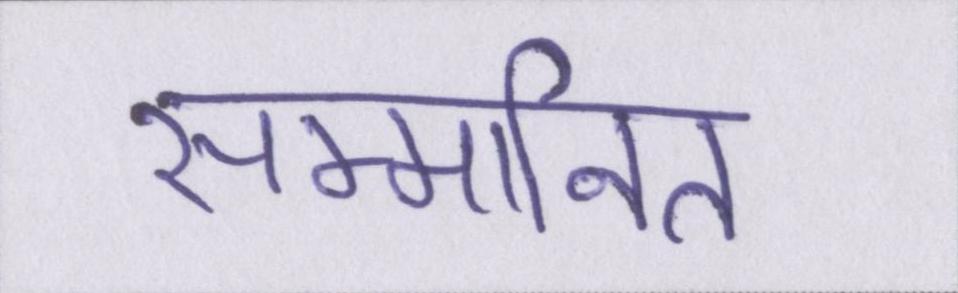
सम्मानित